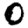
Digit: 0